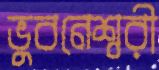
ভুবনেশ্বরী